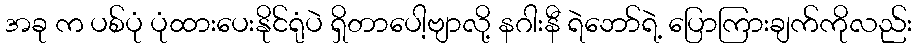
အခု က ပစ်ပုံ ပုံထားပေးနိုင်ရုံပဲ ရှိတာပေါ့ဗျာလို့ နဂါးနီ ရဲဘော်ရဲ့ ပြောကြားချက်ကိုလည်း